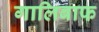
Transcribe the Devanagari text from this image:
गालिबाफ